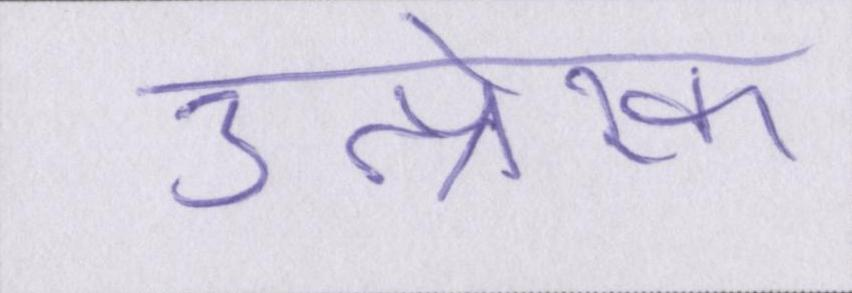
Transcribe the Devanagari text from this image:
उत्प्रेरक